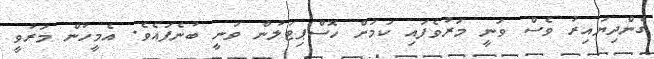
ގެންދިޔައިރު ވެސް ވަނީ މަރުވެފައި ކަމަށް ހޮސްޕިޓަލުން ވަނީ ބުނެފައެވެ. އެމީހުން މަރުވީ